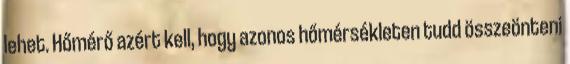
lehet. Hőmérő azért kell, hogy azonos hőmérsékleten tudd összeönteni